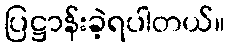
ပြဋ္ဌာန်းခဲ့ရပါတယ်။